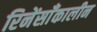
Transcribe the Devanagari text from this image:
रिनेंसाँकालीन